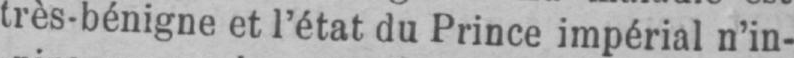
très-bénigne et l’état du Prince impérial n’in-